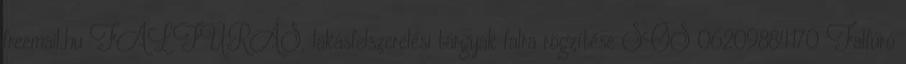
freemail.hu FALFÚRÁS, lakásfelszerelési tárgyak falra rögzítése SOS 06209884170 Falfúró